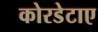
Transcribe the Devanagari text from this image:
कोरडेटाए